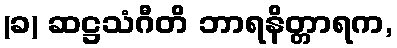
(ခ) ဆဋ္ဌသံဂီတိ ဘာရနိတ္တာရက,